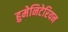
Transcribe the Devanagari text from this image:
हुमेनिटेरियन